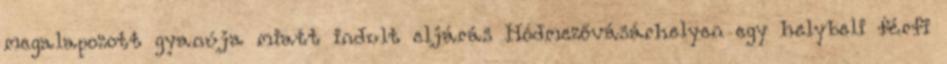
megalapozott gyanúja miatt indult eljárás Hódmezővásárhelyen egy helybeli férfi